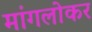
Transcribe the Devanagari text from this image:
मांगलोकर